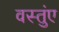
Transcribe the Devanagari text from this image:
वस्तुंए